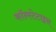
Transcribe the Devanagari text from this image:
कॉन्स्टेटाइन